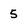
Character: 5